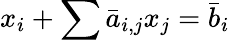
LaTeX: x_{i}+\sum{\bar{a}}_{i,j}x_{j}={\bar{b}}_{i}